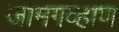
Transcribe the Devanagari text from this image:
जामगव्हाण